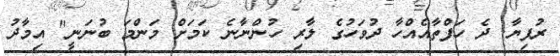
ރުފިޔާ. ދެ ހަފްތާއެއްހާ ދުވަހުގެ ލާރި ހުންނާނެ ކަމަށް މަންމަ ބުނަނީ" އިމާދު